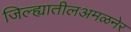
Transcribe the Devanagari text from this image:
जिल्ह्यातीलअमळनेर